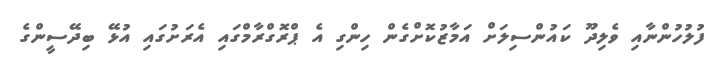
ފުލުހުންނާއި ވެލިދޫ ކައުންސިލަށް އަމާޒުކޮށްގެން ހިންގި އެ ޕްރޮގްރާމްގައި އެރަށުގައި އުޅޭ ބިދޭސީންގެ